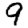
Digit: 9